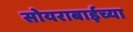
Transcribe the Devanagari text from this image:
सोयराबाईच्या